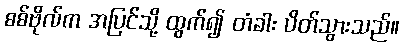
စစ်ဗိုလ်က အပြင်သို့ ထွက်၍ တံခါး ပိတ်သွားသည်။